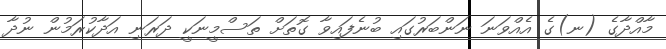
މާއްދާގެ (ނ)ގެ އެއްވަނަ ނަންބަރުގައި ބުނެފައިވާ ގޮތަށް ތަސްމީނަކީ ދަރަނި އަދާކުރަމުން ނުދާ